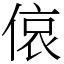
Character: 偯